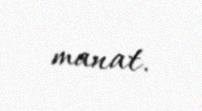
manat.